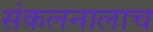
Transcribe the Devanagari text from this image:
संकलनालाच